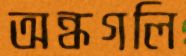
অন্ধগলি